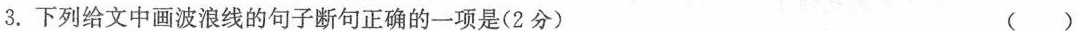
3. 下列给文中画波浪线的句子断句正确的一项是(2分) ( )